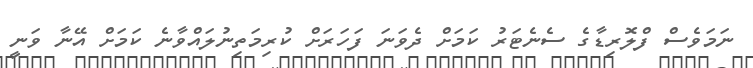
ނަމަވެސް ފްލޮރިޑާގެ ސެނެޓަރު ކަމަށް ދެވަނަ ފަހަރަށް ކުރިމަތިނުލައްވާނެ ކަމަށް އޭނާ ވަނީ